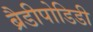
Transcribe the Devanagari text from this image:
ब्रैडीपोडिडी